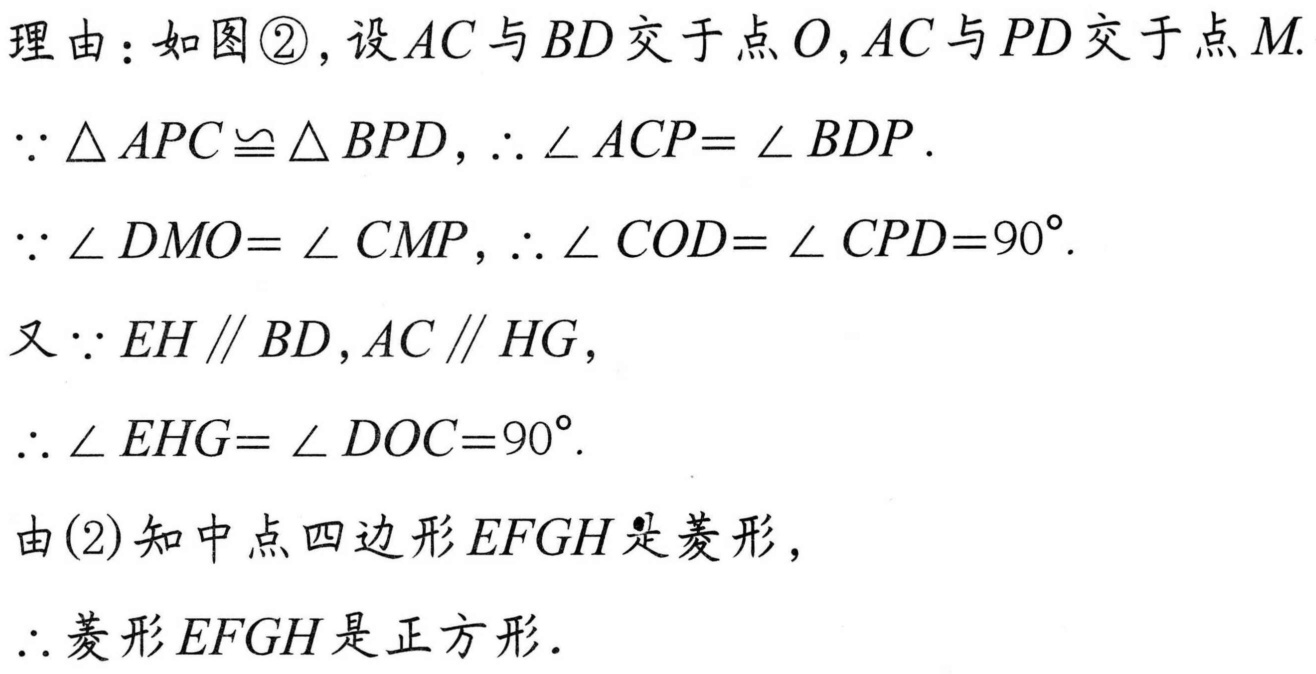
理由：如图\textcircled{2}, 设 \(AC\) 与 \(BD\) 交于点 \(O\), \(AC\) 与 \(PD\) 交于点 \(M\).
\(\because\triangle APC\cong\triangle BPD\), \(\therefore\angle ACP = \angle BDP\).
\(\because\angle DMO=\angle CMP\), \(\therefore\angle COD=\angle CPD = 90^{\circ}\).
又\(\because EH\parallel BD\), \(AC\parallel HG\),
\(\therefore\angle EHG=\angle DOC = 90^{\circ}\).
由(2)知中点四边形 \(EFGH\) 是菱形,
\(\therefore\) 菱形 \(EFGH\) 是正方形.